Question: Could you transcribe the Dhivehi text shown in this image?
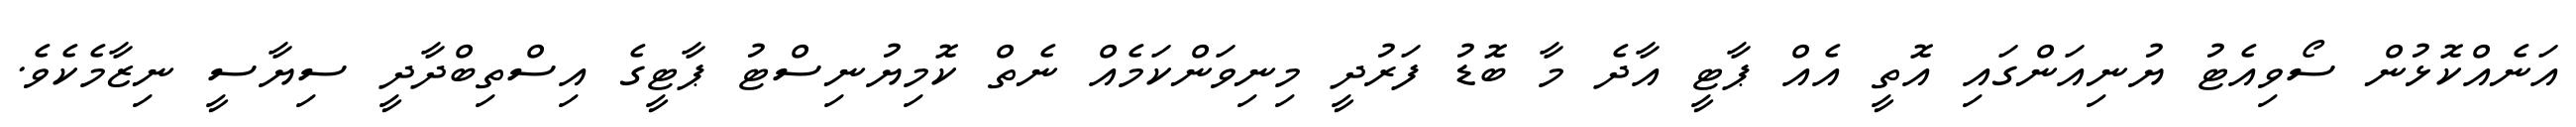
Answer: އަނެއްކޮޅުން ސޯވިއެޓު ޔުނިއަންގައި އޮތީ އެއް ޕާޓީ އާދެ މާ ބޮޑު ފަރުދީ މިނިވަންކަމެއް ނެތް ކޮމިޔުނިސްޓު ޕާޓީގެ އިސްތިބްދާދީ ސިޔާސީ ނިޒާމެކެވެ.